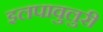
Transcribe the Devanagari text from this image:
इलपावुलुरी